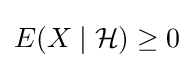
E(X\mid {\mathcal {H}})\geq 0